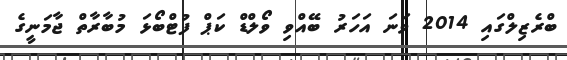
ބްރެޒިލްގައި 2014 ވަނަ އަހަރު ބޭއްވި ވޯލްޑް ކަޕް ފުޓްބޯޅަ މުބާރާތް ޖާމަނީގެ